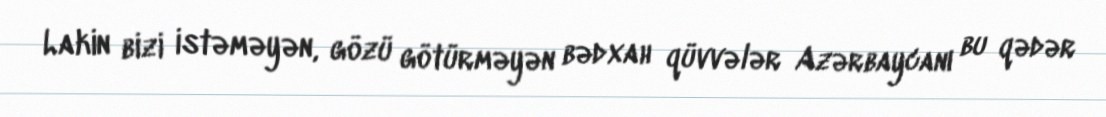
Lakin bizi istəməyən, gözü götürməyən bədxah qüvvələr Azərbaycanı bu qədər